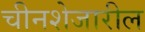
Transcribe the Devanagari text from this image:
चीनशेजारील